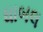
ધાબલ